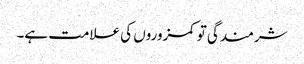
شرمندگی تو کمزوروں کی علامت ہے۔